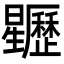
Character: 𣌜